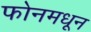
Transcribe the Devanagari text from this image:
फोनमधून